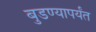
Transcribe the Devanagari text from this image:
बुडण्यापर्यंत